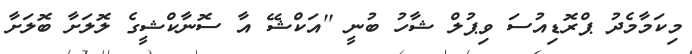
މިކަމާމެދު ޕްރޮޑިއުސަ ވިޕުލް ޝާހު ބުނީ ''އަކްޝޭ އާ ސޮނާކްޝީގެ ލޮލަށާ ބޮލަށާ